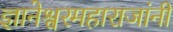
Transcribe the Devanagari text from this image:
ज्ञानेश्वरमहाराजांनी